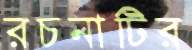
রচনাটির